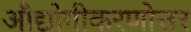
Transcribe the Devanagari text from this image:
औद्योगीकरणोत्तर